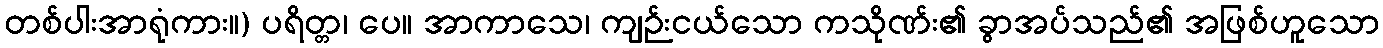
တစ်ပါးအာရုံကား။) ပရိတ္တ၊ ပေ။ အာကာသေ၊ ကျဉ်းငယ်သော ကသိုဏ်း၏ ခွာအပ်သည်၏ အဖြစ်ဟူသော